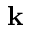
\mathbf { k }